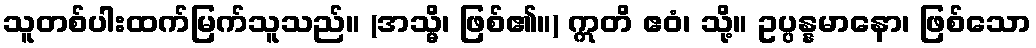
သူတစ်ပါးထက်မြက်သူသည်။ (အသ္မိ၊ ဖြစ်၏။) ဣတိ ဧဝံ၊ သို့။ ဥပ္ပန္နမာနော၊ ဖြစ်သော